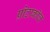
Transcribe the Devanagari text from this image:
प्रोटाकॉल